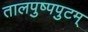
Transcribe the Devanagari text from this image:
तालपुष्पपुटम्